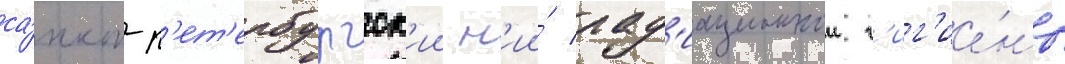
са́нкт-п'ет'ербургск'ии н'ии́ рад'иационнои г'иг'ие́ны